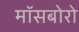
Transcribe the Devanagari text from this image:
मॉसबोरो